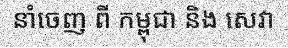
នាំចេញ ពី កម្ពុជា និង សេវា